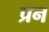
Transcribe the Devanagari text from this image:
प्रन